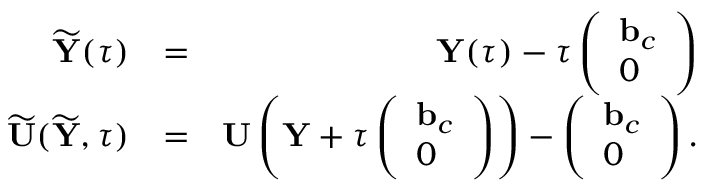
\begin{array} { r l r } { \widetilde { { \mathbf Y } } ( \tau ) } & { = } & { { \mathbf Y } ( \tau ) - \tau \left( \begin{array} { l } { { \mathbf b } _ { c } } \\ { 0 } \end{array} \right) } \\ { \widetilde { { \mathbf U } } ( \widetilde { { \mathbf Y } } , \tau ) } & { = } & { { \mathbf U } \left( { \mathbf Y } + \tau \left( \begin{array} { l } { { \mathbf b } _ { c } } \\ { 0 } \end{array} \right) \right) - \left( \begin{array} { l } { { \mathbf b } _ { c } } \\ { 0 } \end{array} \right) . } \end{array}